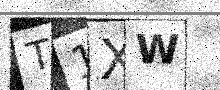
Text: T1XW